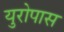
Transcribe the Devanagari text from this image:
युरोपास